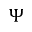
\Psi